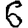
Digit: 6